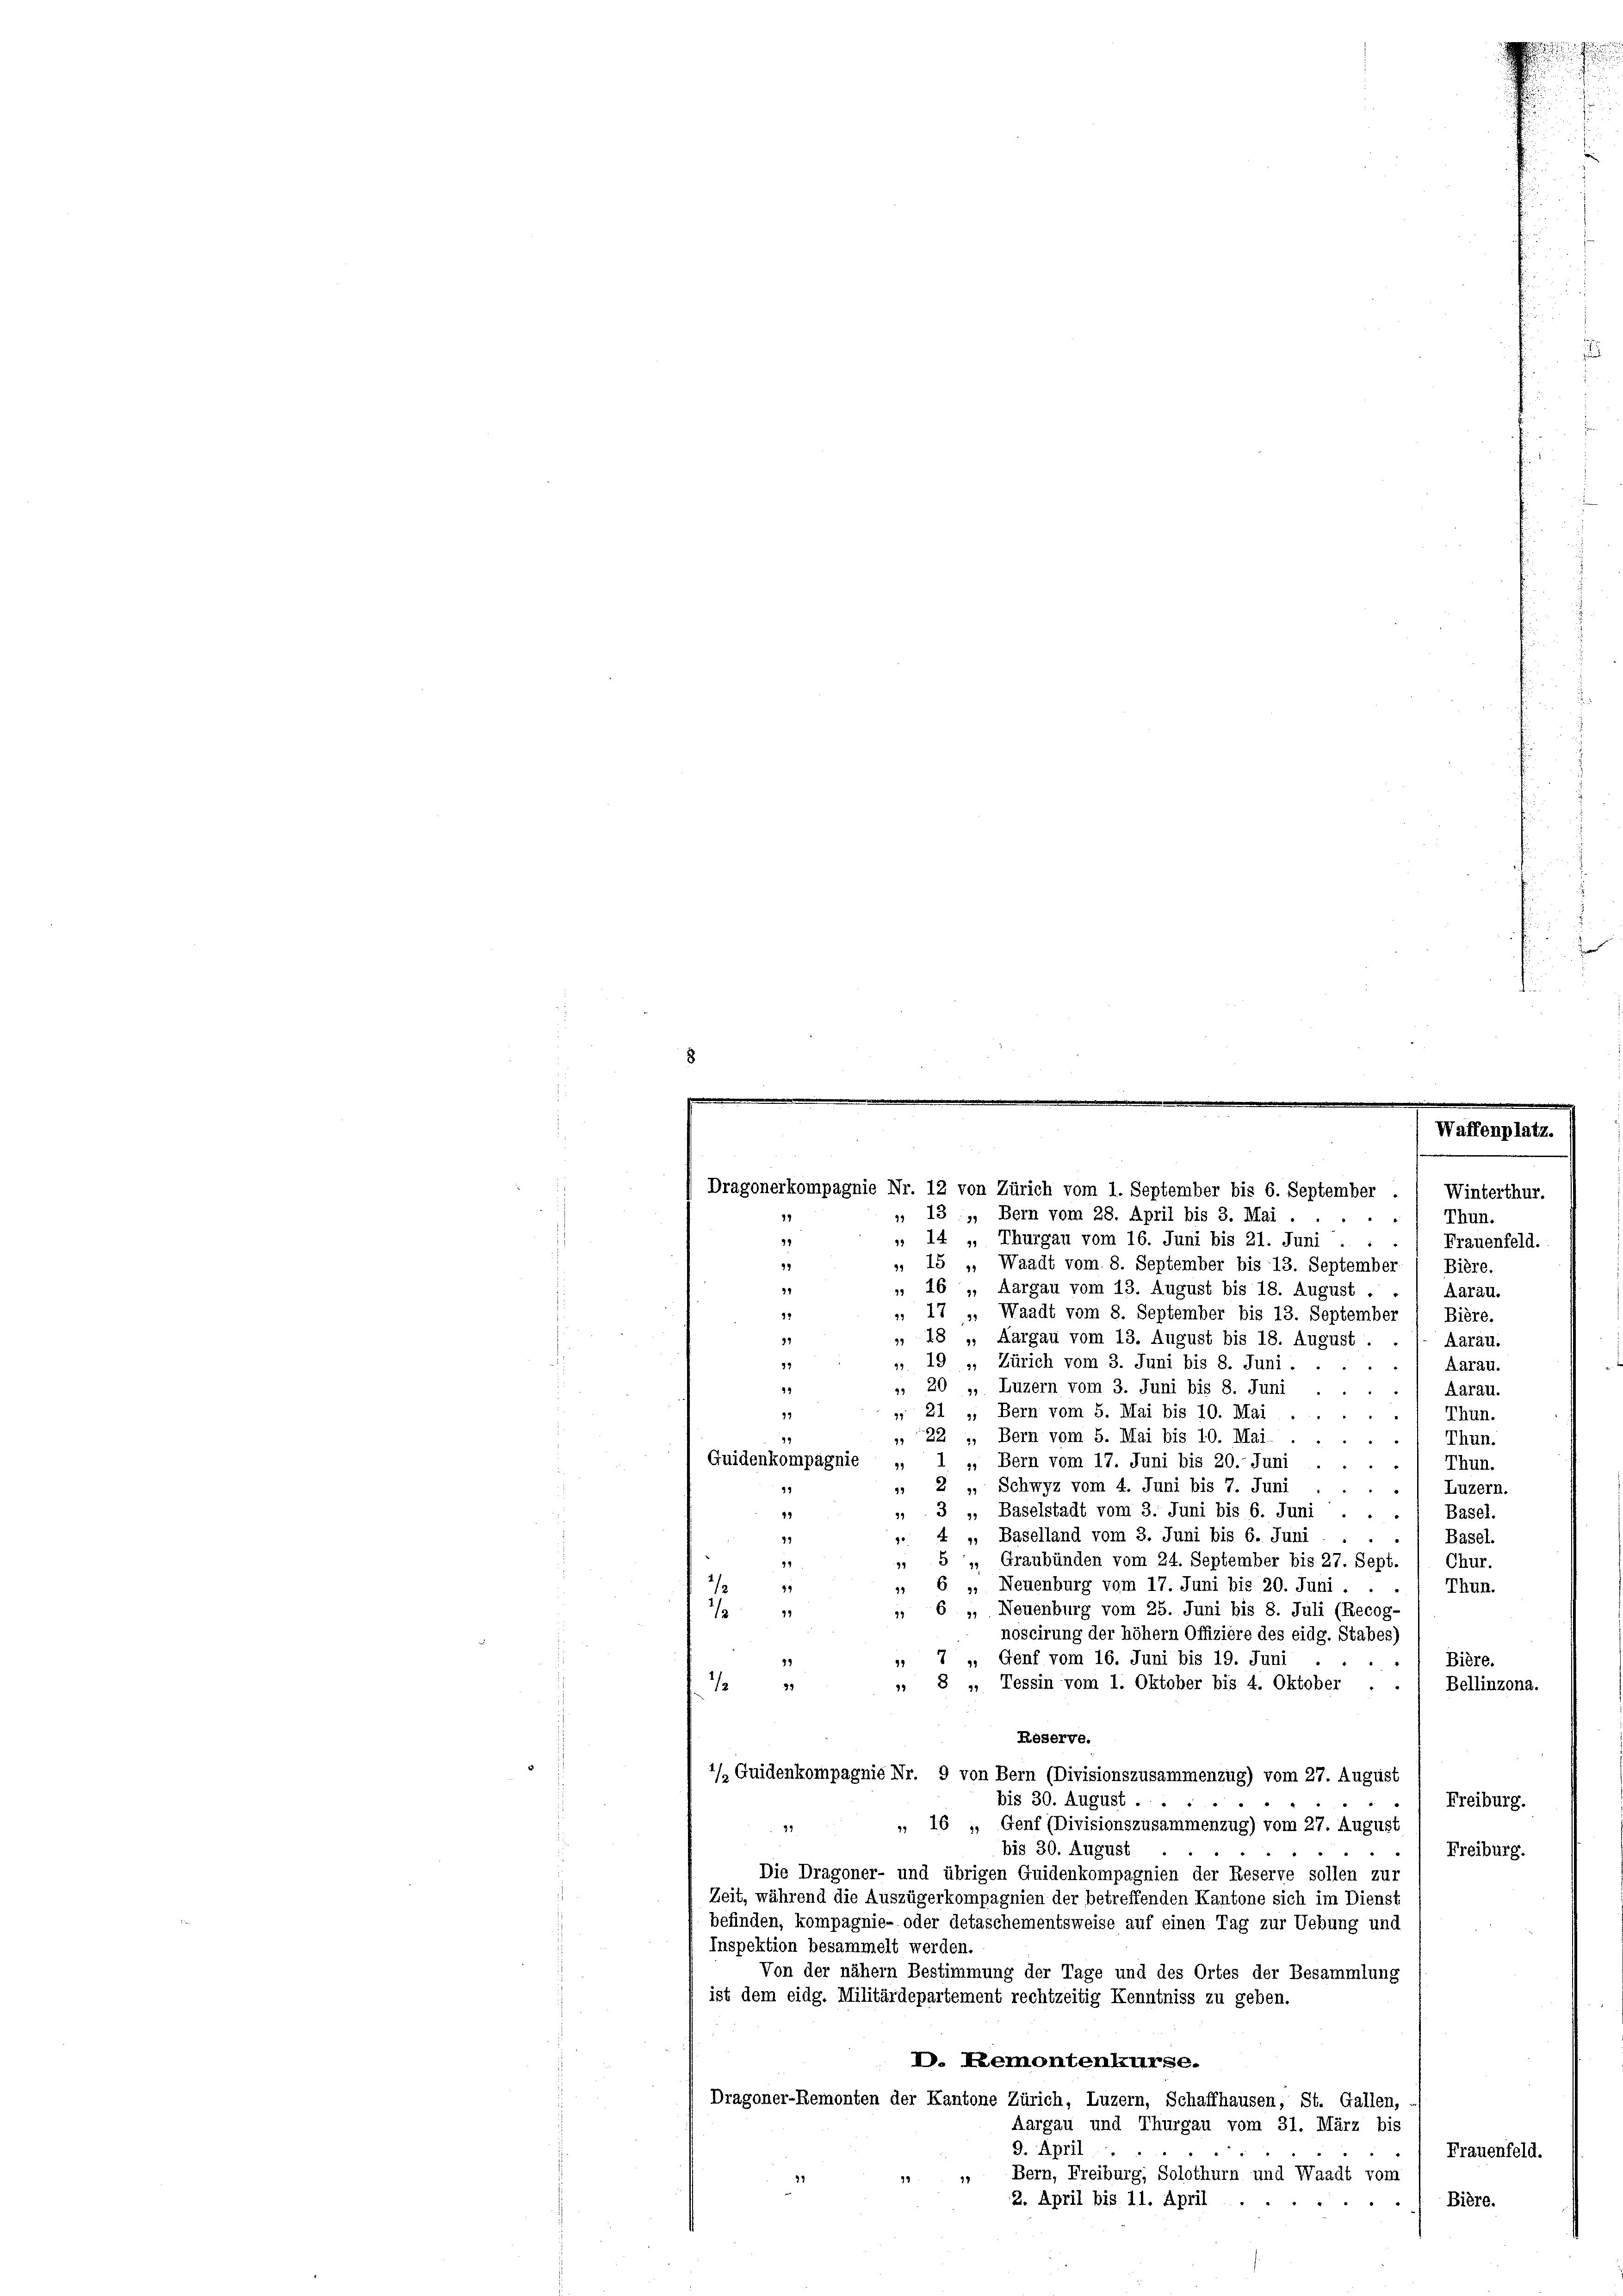
13

Waffenplatz.
Dragonerkompagnie Nr. 12 von Zürich vom 1. September bis 6. September 1 Winterthur.

, 13. „, Bern vom 28. April bis 3. Mai ....
Thun.
 14 „Thurgau vom 16. Juni bis 21. Juni . . . / Frauenfeld.
79
», 15 „Waadt vom 8. September bis 13. September 1 Bière.
 16., Aargau vom 13. August bis 18. August . .
34
Aarau.
 17 ». Waadt vom 8. September bis 13. September
91
Bière.
39
 18 „ Aargau vom 13. August bis 18. August . .
Aarau.
 19 », Zürich vom 3. Juni bis 8. Juni.
99
Aarau.
39
, 20 „ Luzern vom 3. Juni bis 8. Juni
Aarau.
12
 21 „ Bern vom 5. Mai bis 10. Mai .
Thun.
22 ., Bern vom 5. Mai bis 10. Mai.
19
Thun.
Guidenkompagnie „ 1 „Bern vom 17. Juni bis 20. Juni .
Thun.
" 2 " Schwyz vom 4. Juni bis 7. Juni
Luzern.
99
¬
* 3 „ Baselstadt vom 3. Juni bis 6. Juni
Basel.
49
.
99
 4 „ Baselland vom 3. Juni bis 6. Juni
Basel.
5., Graubünden vom 24. September bis 27. Sept.
99
Chur.
11
 6 „ Neuenburg vom 17. Juni bis 20. Juni . .
Thun.
 6 „ Neuenburg vom 25. Juni bis 8. Juli (Recog-
2/9 1
noscirung der höher Offiziere des eidg. Stabes)
7 " Genf vom 16. Juni bis 19. Juni
13
Bière.
99
e
 8 „ Tessin vom 1. Oktober bis 4. Oktober .
Bellinzona.
23 33
Reserve.
4/ Guidenkompagnie Nr. 9 von Bern (Divisionszusammenzug) vom 27. August
bis 30. August.
Freiburg.
„ 16 " Genf (Divisionszusammenzug) vom 27. August
22
bis 30. August
Freiburg.
Die Dragoner- und übrigen Guidenkompagnien der Reserve sollen zur
Zeit, während die Auszügerkompagnien der betreffenden Kantone sich im Dienst
befinden, kompagnie- oder detaschementsweise auf einen Tag zur Uebung und
Inspektion besammelt werden.
Von der nähern Bestimmung der Tage und des Ortes der Besammlung
ist dem eidg. Militärdepartement rechtzeitig Kenntniss zu geben.
D. Remontenkurse.
Dragoner-Remonten der Kantone Zürich, Luzern, Schaffhausen, St. Gallen,
Aargau und Thurgau vom 31. März bis
9. April
Frauenfeld.
Bern, Freiburg, Solothurn und Waadt vom
2. April bis 11. April
Bière.